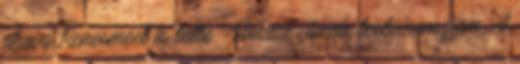
ahova Renesmeet is tette. -Viszlát Jacob, testvérem fiam. A